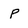
Character: P